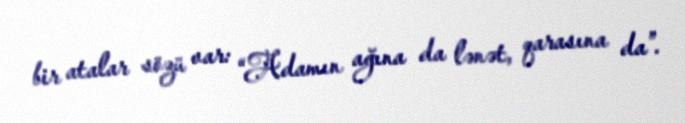
bir atalar sözü var: “Adamın ağına da lənət, qarasına da”.